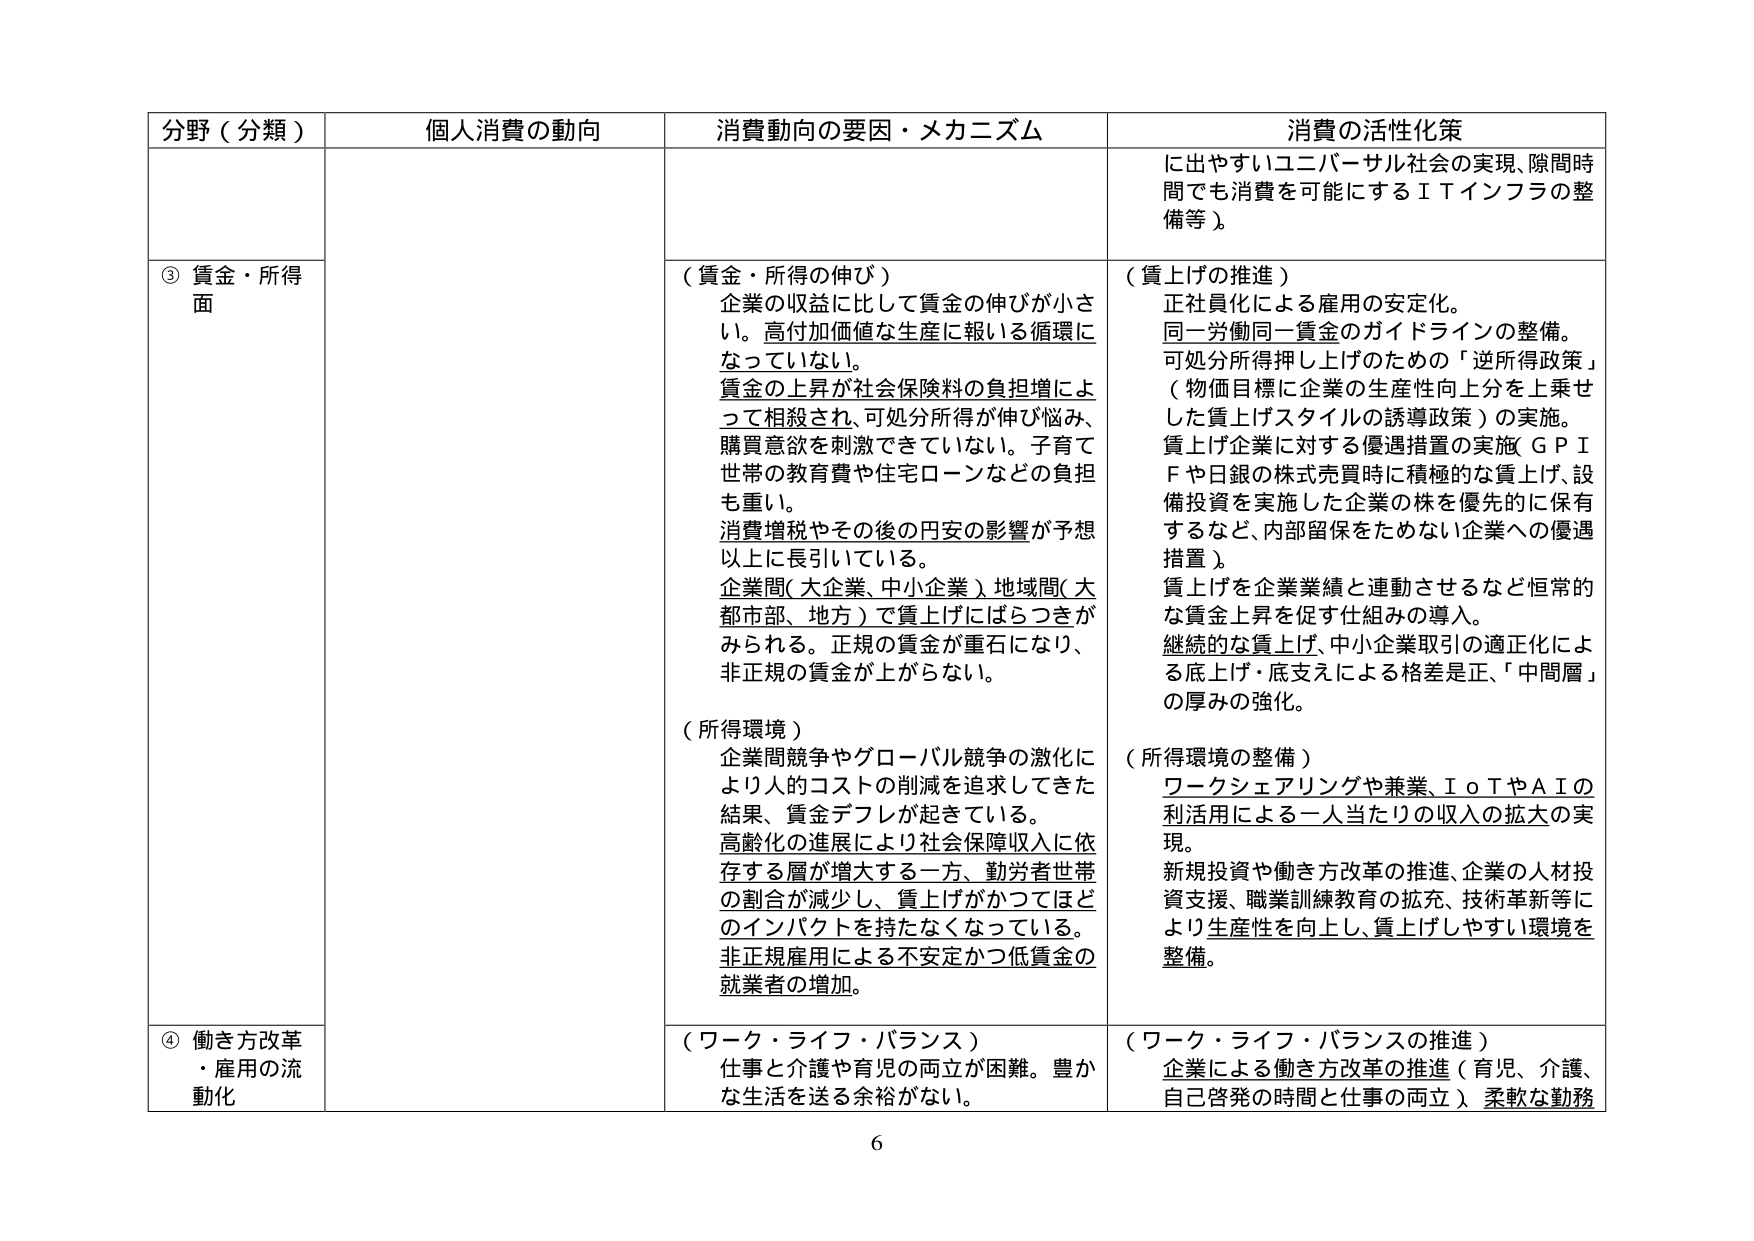
分野（分類） 個人消費の動向 消費動向の要因・メカニズム 消費の活性化策
③ 賃金・所得面 （賃金・所得の伸び） 企業の収益に比して賃金の伸びが小さい。高付加価値な生産に報いる循環になっていない。 賃金の上昇が社会保険料の負担増によって相殺され、可処分所得が伸び悩み、購買意欲を刺激できていない。子育て世帯の教育費や住宅ローンなどの負担も重い。 消費増税やその後の円安の影響が予想以上に長引いている。 企業間（大企業、中小企業）、地域間（大都市部、地方）で賃上げにばらつきがみられる。正規の賃金が重石になり、非正規の賃金が上がらない。 （所得環境） 企業間競争やグローバル競争の激化により人的コストの削減を追求してきた結果、賃金デフレが起きている。 高齢化の進展により社会保障収入に依存する層が増大する一方、勤労者世帯の割合が減少し、賃上げがかつてほどのインパクトを持たなくなっている。 非正規雇用による不安定かつ低賃金の就業者の増加。 （賃上げの推進） 正社員化による雇用の安定化。 同一労働同一賃金のガイドラインの整備。 可処分所得押し上げのための「逆所得政策」（物価目標に企業の生産性向上分を上乗せした賃上げスタイルの誘導政策）の実施。 賃上げ企業に対する優遇措置の実施（ＧＰＩＦや日銀の株式売買時に積極的な賃上げ、設備投資を実施した企業の株を優先的に保有するなど、内部留保をためない企業への優遇措置）。 賃上げを企業業績と連動させるなど恒常的な賃金上昇を促す仕組みの導入。 継続的な賃上げ、中小企業取引の適正化による底上げ・底支えによる格差是正、「中間層」の厚みの強化。 （所得環境の整備） ワークシェアリングや兼業、ＩｏＴやＡＩの利活用による一人当たりの収入の拡大の実現。 新規投資や働き方改革の推進、企業の人材投資支援、職業訓練教育の拡充、技術革新等により生産性を向上し、賃上げしやすい環境を整備。 ④ 働き方改革・雇用の流動化 （ワーク・ライフ・バランス） 仕事と介護や育児の両立が困難。豊かな生活を送る余裕がない。 （ワーク・ライフ・バランスの推進） 企業による働き方改革の推進（育児、介護、自己啓発の時間と仕事の両立）、柔軟な勤務 に出やすいユニバーサル社会の実現、隙間時間でも消費を可能にするＩＴインフラの整備等）。 6